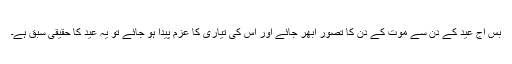
بس آج عید کے دن سے موت کے دن کا تصور ابھر جائے اور اس کی تیاری کا عزم پیدا ہو جائے تو یہ عید کا حقیقی سبق ہے۔